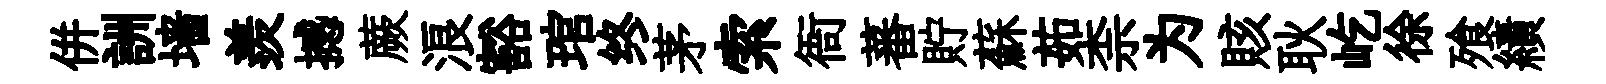
併詶墙羨撼蕨浪豁琯终茅索衙蕃貯蘇茹柰为賅耿屹徐飱績